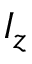
I _ { z }